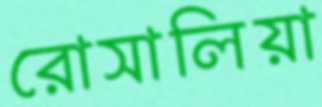
রোসালিয়া